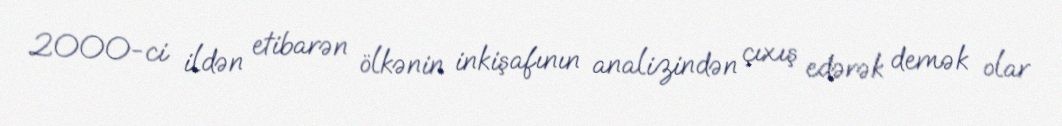
2000-ci ildən etibarən ölkənin inkişafının analizindən çıxış edərək demək olar